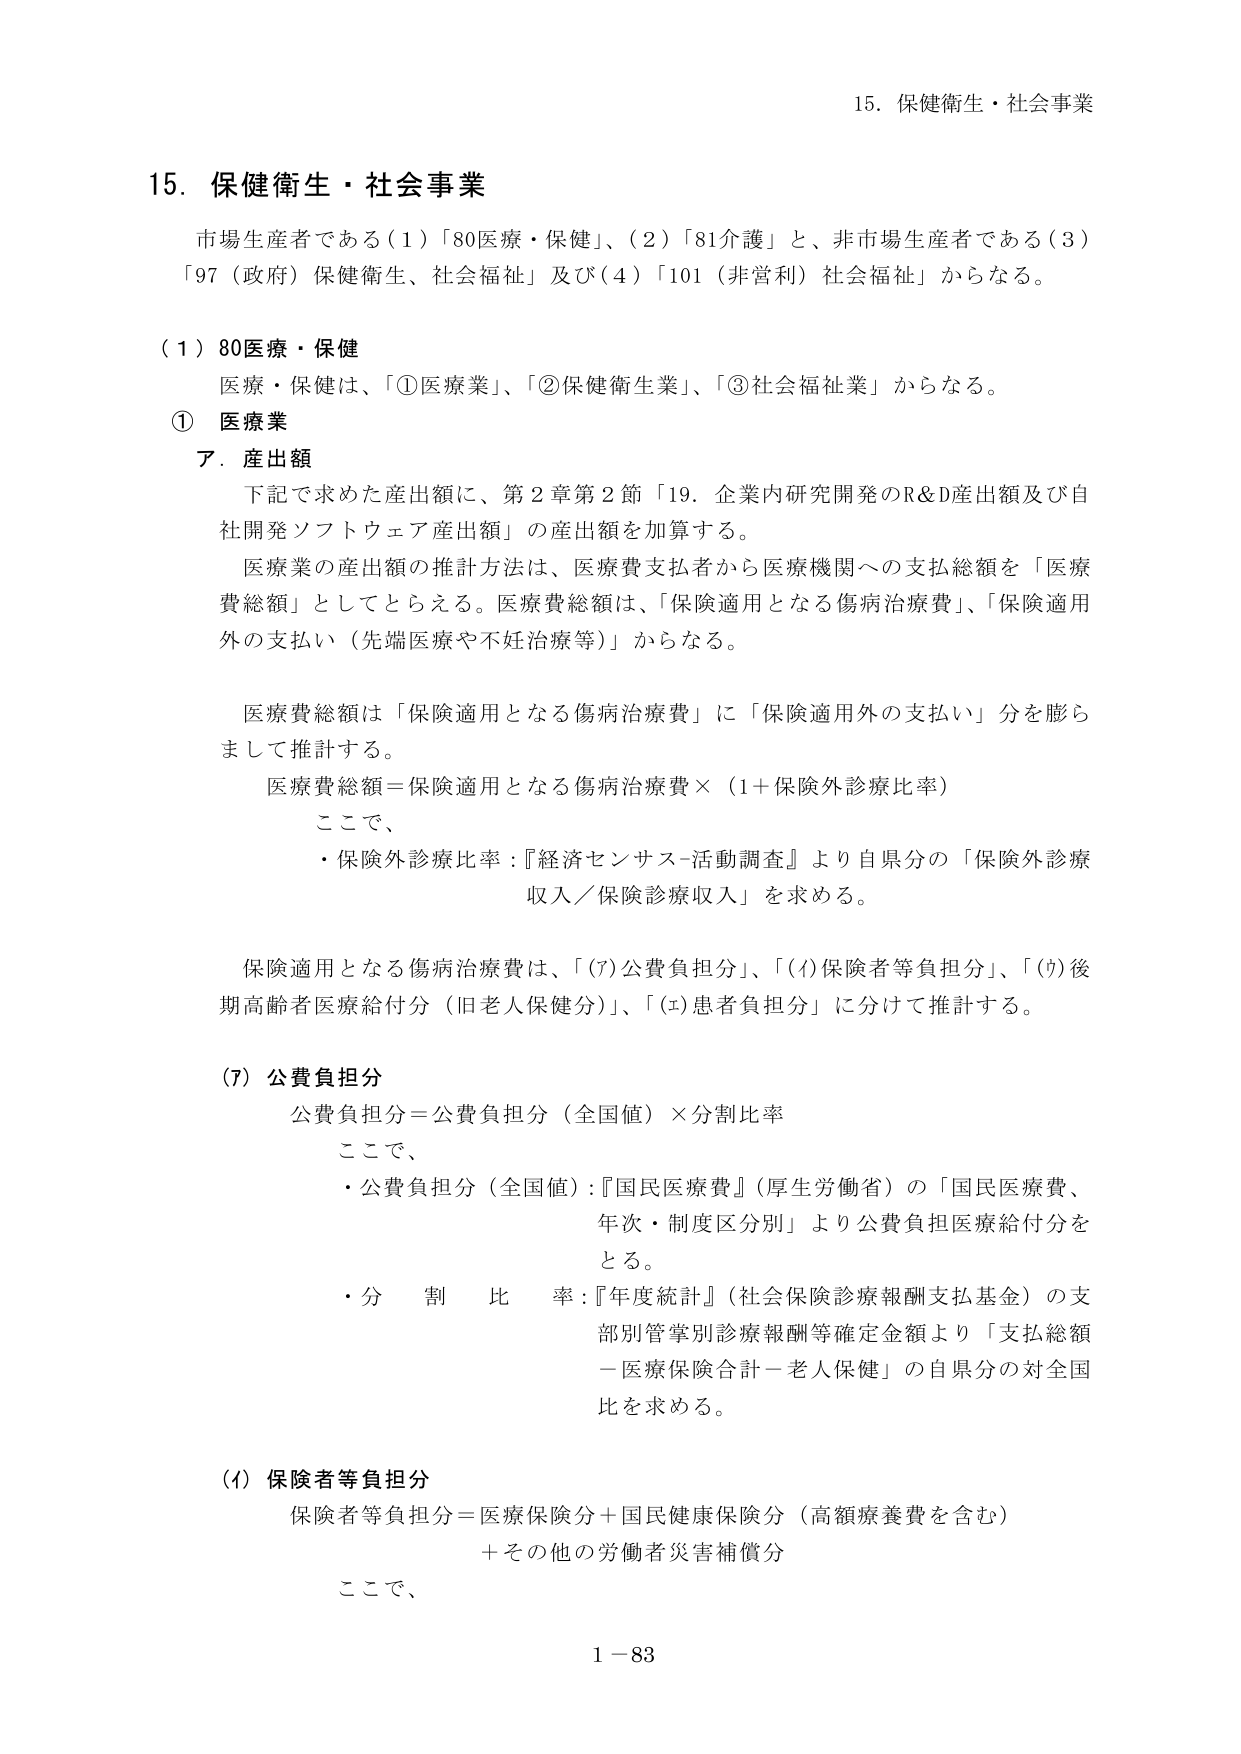
15. 保健衛生・社会事業

市場生産者である（1）「80医療・保健」、（2）「81介護」と、非市場生産者である（3）「97（政府）保健衛生、社会福祉」及び（4）「101（非営利）社会福祉」からなる。

（1）80医療・保健

医療・保健は、「①医療業」、「②保健衛生業」、「③社会福祉業」からなる。

① 医療業

ア．産出額

下記で求めた産出額に、第2章第2節「19．企業内研究開発のR&D産出額及び自社開発ソフトウェア産出額」の産出額を加算する。

医療業の産出額の推計方法は、医療費支払者から医療機関への支払総額を「医療費総額」としてとらえる。医療費総額は、「保険適用となる傷病治療費」、「保険適用外の支払い（先端医療や不妊治療等）」からなる。

医療費総額は「保険適用となる傷病治療費」に「保険適用外の支払い」分を膨らまして推計する。

医療費総額＝保険適用となる傷病治療費×（1＋保険外診療比率）

ここで、
・保険外診療比率：『経済センサス-活動調査』より自県分の「保険外診療収入／保険診療収入」を求める。

保険適用となる傷病治療費は、「(7)公費負担分」、「(ｲ)保険者等負担分」、「(ｳ)後期高齢者医療給付分（旧老人保健分）」、「(ｴ)患者負担分」に分けて推計する。

(7) 公費負担分

公費負担分＝公費負担分（全国値）×分割比率

ここで、
・公費負担分（全国値）：『国民医療費』（厚生労働省）の「国民医療費、年次・制度区分別」より公費負担医療給付分をとる。
・分割比率：『年度統計』（社会保険診療報酬支払基金）の支部別管掌別診療報酬等確定金額より「支払総額－医療保険合計－老人保健」の自県分の対全国比を求める。

(ｲ) 保険者等負担分

保険者等負担分＝医療保険分＋国民健康保険分（高額療養費を含む）
＋その他の労働者災害補償分

ここで、

1－83